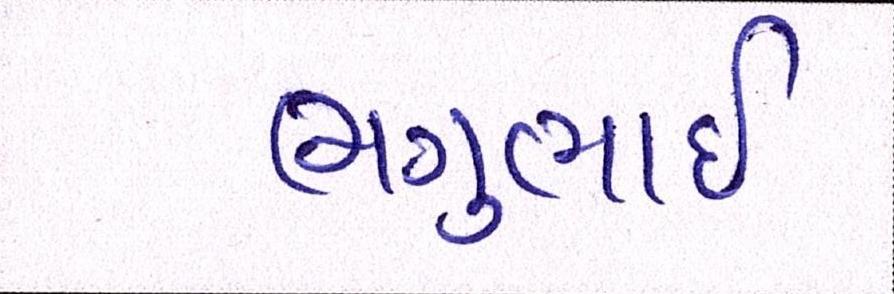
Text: ભગુભાઇ